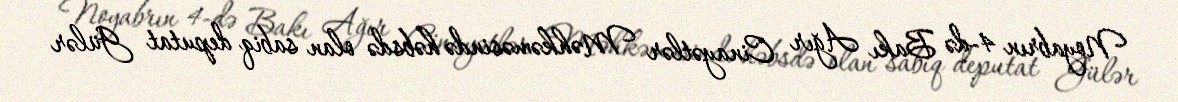
Noyabrın 4-də Bakı Ağır Cinayətlər Məhkəməsində həbsdə olan sabiq deputat Gülər